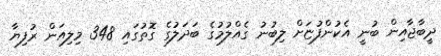
ދީބާޖާއިން ބުނީ އެކުންފުޏަށް ލިބުނު ގެއްލުމުގެ ބަދަލުގެ ގޮތުގައި 348 މިލިއަން ރުފިޔާ